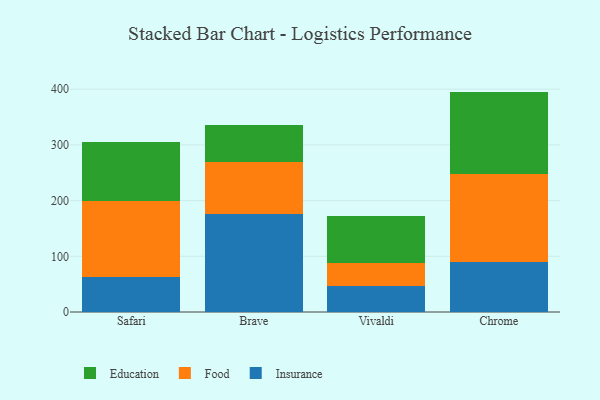
{"axis": {"x": "Browser", "y": "LTV (USD)"}, "legend": ["Education", "Food", "Insurance"], "data": [{"x": "Safari", "y": 63.2, "type": "Insurance"}, {"x": "Safari", "y": 136.8, "type": "Food"}, {"x": "Safari", "y": 106.0, "type": "Education"}, {"x": "Brave", "y": 175.1, "type": "Insurance"}, {"x": "Brave", "y": 93.6, "type": "Food"}, {"x": "Brave", "y": 66.9, "type": "Education"}, {"x": "Vivaldi", "y": 47.5, "type": "Insurance"}, {"x": "Vivaldi", "y": 39.6, "type": "Food"}, {"x": "Vivaldi", "y": 86.1, "type": "Education"}, {"x": "Chrome", "y": 90.6, "type": "Insurance"}, {"x": "Chrome", "y": 157.7, "type": "Food"}, {"x": "Chrome", "y": 147.4, "type": "Education"}]}